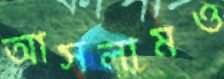
আসলামও